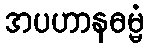
အပဟာနဓမ္မံ